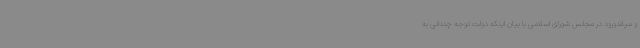
و میاندورود در مجلس شورای اسلامی با بیان اینکه دولت توجه چندانی به